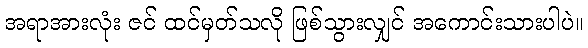
အရာအားလုံး ဇင် ထင်မှတ်သလို ဖြစ်သွားလျှင် အကောင်းသားပါပဲ။